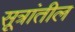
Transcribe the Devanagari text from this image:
सूत्रांतील